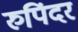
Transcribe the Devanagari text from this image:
रुपिंदर